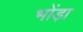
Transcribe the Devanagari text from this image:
भोंड़ा